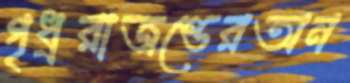
গৃধ্ররাজণ্ডেরঅন